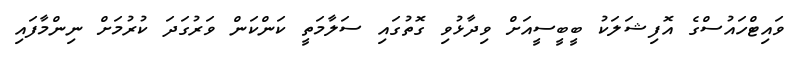
ވައިޓްހައުސްގެ އޮފިޝަލަކު ބީބީސީއަށް ވިދާޅުވި ގޮތުގައި ސަލާމަތީ ކަންކަން ވަރުގަދަ ކުރުމަށް ނިންމާފައި